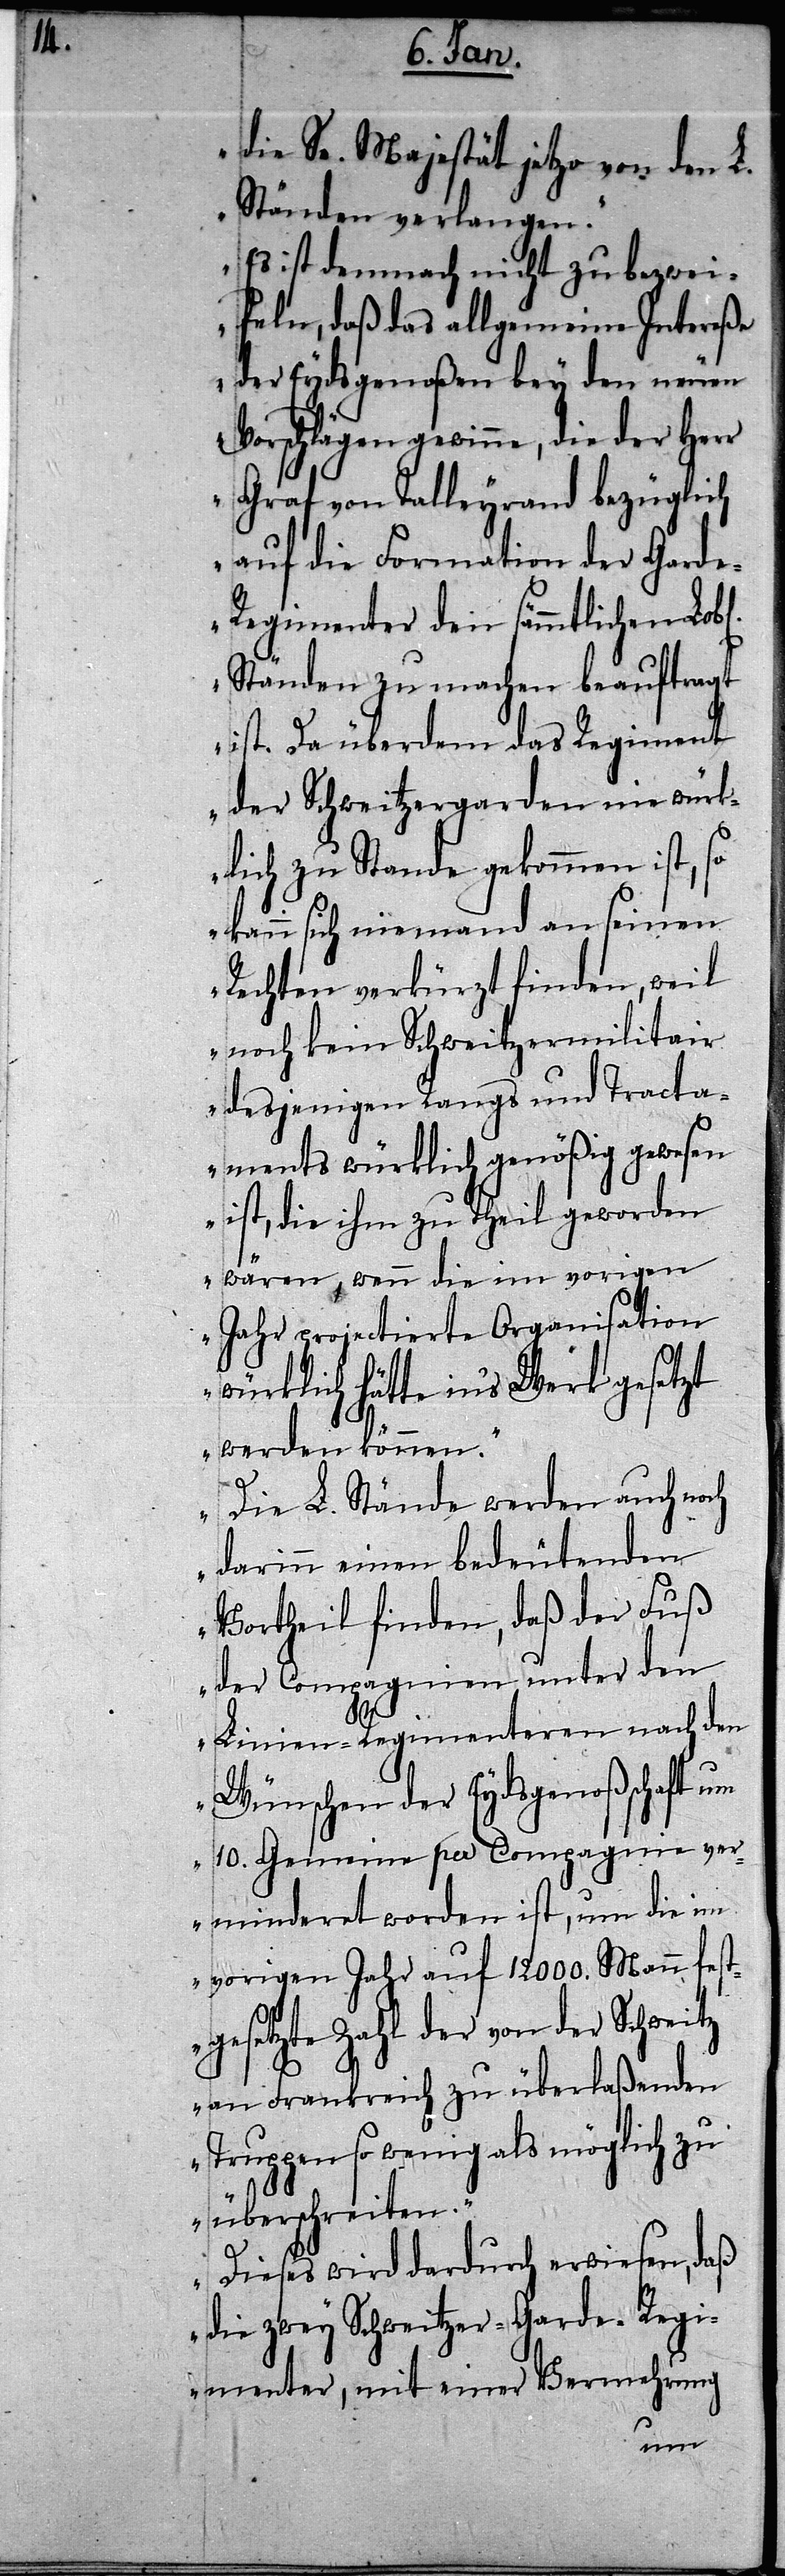
die Se. Majestät jetzo von den L.
Ständen verlangen.“
„Es ist demnach nicht zu bezwei¬
feln, daß das allgemeine Intereße
der Eydsgenoßen bey den neuen
Vorschlägen gewinne, die der Herr
Graf von Talleyrand bezüglich
auf die Formation der Gard¬
e-Regimenter den sämmtlichen Lob[l¬
Ständen zu machen beauftragt
ist. Da überdem das Regiment
der Schweitzergarden nie würk¬
lich zu Stande gekommen ist, so
kann sich niemand an seinen
Rechten verkürzt finden, weil
noch kein Schweitzermilitair
desjenigen Rangs und Tracta¬
ments würklich genößig gewesen
ist, die ihm zu Theil geworden
wären, wenn die im vorigen
Jahr projectierte Organisation
würklich hätte in‘s Werk gesetzt
werden können.“
„Die L. Stände werden auch noch
darinn einen bedeutenden
Vortheil finden, daß der Fuß
der Compagnien unter den
en].
Linien-Regimenteren nach den
Wünschen der Eydsgenoßschaft um
10. Gemeine per Compagnie ver¬
minderet worden ist, um die im
vorigen Jahr auf 12000. Mann fest¬
gesetzte Zahl der von der Schweitz
an Frankreich zu überlaßenden
Truppen so wenig als möglich zu
überschreiten.“
„Dieses wird dadurch erwiesen, daß
die zwey Schweitzer-Garde-Regi¬
menter, mit einer Vermehrung